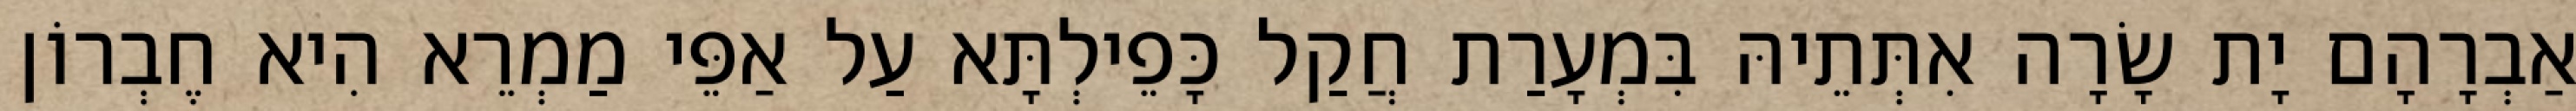
אַבְרָהָם יָת שָׂרָה אִתְּתֵיהּ בִּמְעָרַת חֲקַל כָּפֵילְתָּא עַל אַפֵּי מַמְרֵא הִיא חֶבְרוֹן